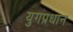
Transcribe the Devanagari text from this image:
युगप्रधान